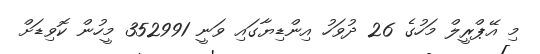
މި އޭޕްރީލް މަހުގެ 26 ދުވަހު އިންޑިޔާގައި ވަނީ 352991 މީހުން ކޮވިޑަށް